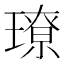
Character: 璙